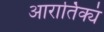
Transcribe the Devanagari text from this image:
आरार्तिक्यं